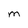
Character: M